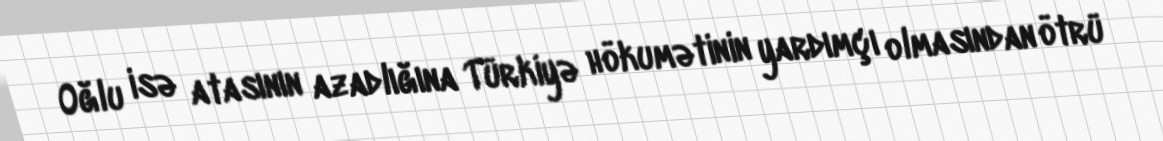
Oğlu isə atasının azadlığına Türkiyə hökumətinin yardımçı olmasından ötrü